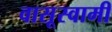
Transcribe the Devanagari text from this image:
वासूस्वामी